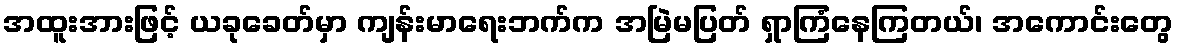
အထူးအားဖြင့် ယခုခေတ်မှာ ကျန်းမာရေးဘက်က အမြဲမပြတ် ရှာကြံနေကြတယ်၊ အကောင်းတွေ